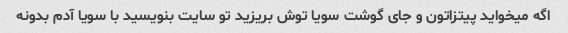
اگه میخواید پیتزاتون و جای گوشت سویا توش بریزید تو سایت بنویسید با سویا آدم بدونه